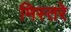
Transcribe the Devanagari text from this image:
मिस्तरे